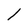
Character: 1